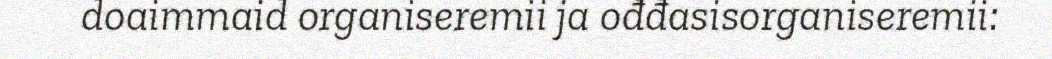
doaimmaid organiseremii ja ođđasisorganiseremii: